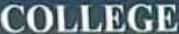
COLLEGE